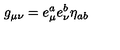
g _ { \mu \nu } = e _ { \mu } ^ { a } e _ { \nu } ^ { b } \eta _ { a b }